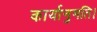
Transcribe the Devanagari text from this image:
कार्यानुमति।